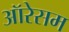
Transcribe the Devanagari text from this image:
ऑरेसम